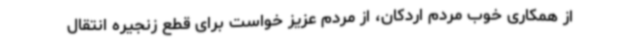
از همکاری خوب مردم اردکان، از مردم‌ عزیز خواست برای قطع زنجیره انتقال